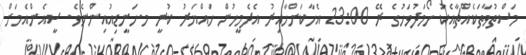
މަސްތުވާތަކެއްޗާއެކު ހޯމަދުވަހުގެ ރޭ 23:00 އެހާކަށްހާއިރު އެދެމީހުން ހައްޔަރު ކުރީ މ.ހަނީޑިއުއިންނެވެ. ސީއެންއެމަށް